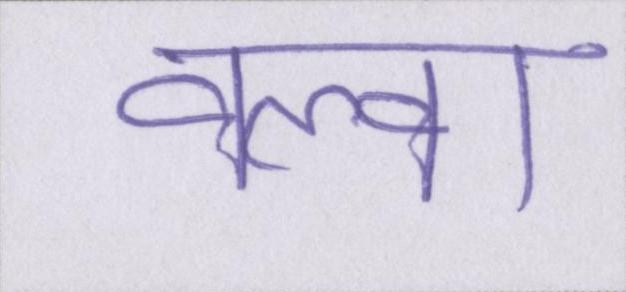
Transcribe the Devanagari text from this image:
वल्वा